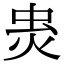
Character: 𧈾